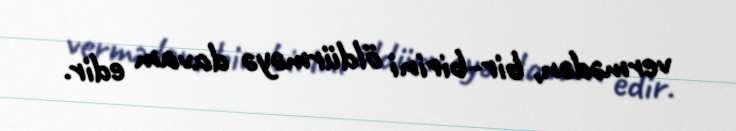
vermədən, bir-birini öldürməyə davam edir.